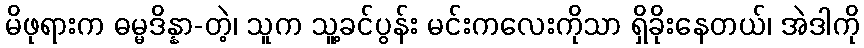
မိဖုရားက ဓမ္မဒိန္နာ-တဲ့၊ သူက သူ့ခင်ပွန်း မင်းကလေးကိုသာ ရှိခိုးနေတယ်၊ အဲဒါကို